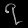
Digit: ၇